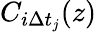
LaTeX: C_{i\Delta t_{j}}(z)